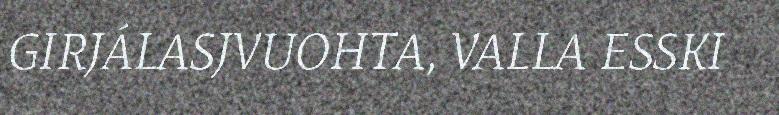
GIRJÁLASJVUOHTA, VALLA ESSKI